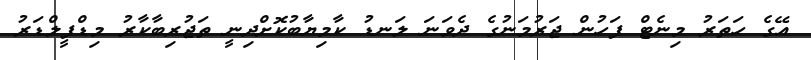
އޭގެ ހަތަރު މިނެޓް ފަހުން ޖަރުމަނުގެ ދެވަނަ ލަނޑު ކާމިޔާބުކޮށްދިނީ ތަޖުރިބާކާރު މިޑްފީލްޑަރު